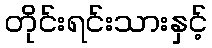
တိုင်းရင်းသားနှင့်